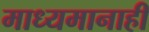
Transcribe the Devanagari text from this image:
माध्यमानाही